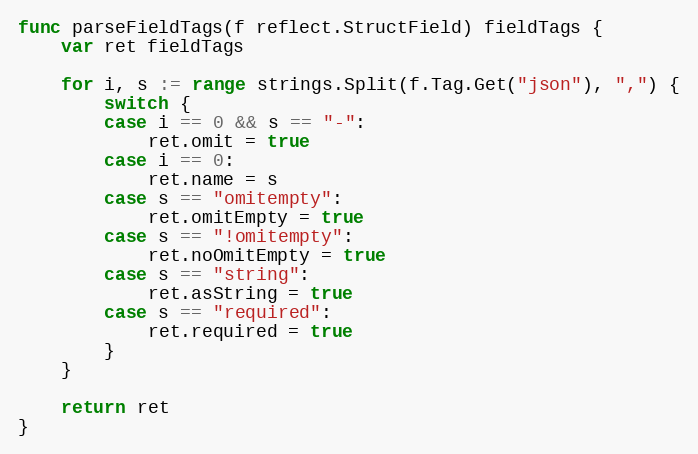
Language: Go
func parseFieldTags(f reflect.StructField) fieldTags {
	var ret fieldTags

	for i, s := range strings.Split(f.Tag.Get("json"), ",") {
		switch {
		case i == 0 && s == "-":
			ret.omit = true
		case i == 0:
			ret.name = s
		case s == "omitempty":
			ret.omitEmpty = true
		case s == "!omitempty":
			ret.noOmitEmpty = true
		case s == "string":
			ret.asString = true
		case s == "required":
			ret.required = true
		}
	}

	return ret
}